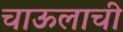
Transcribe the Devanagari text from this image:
चाऊलाची